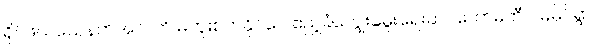
ရိုင်ဖယ်သေနတ်အလက် မကူးစက်နိုင်ပေ ဧည့်ခံကျွေးမွေးရေးဆပ်ကော်မတီ ဝမ်မိုင်ရွာ